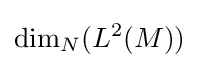
\dim _{N}(L^{2}(M))